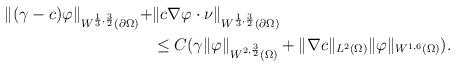
LaTeX: \begin{align*}\begin{aligned} \| (\gamma-c) \varphi \|_{W^{\frac{1}{3},\frac{3}{2}}(\partial\Omega)} +&\| c\nabla\varphi \cdot \nu \|_{W^{\frac{1}{3},\frac{3}{2}}(\partial\Omega)} \\&\le C(\gamma\|\varphi\|_{W^{2,\frac{3}{2}}(\Omega)}+\|\nabla c\|_{L^{2}(\Omega)}\|\varphi\|_{W^{1,6}(\Omega)}).\end{aligned}\end{align*}